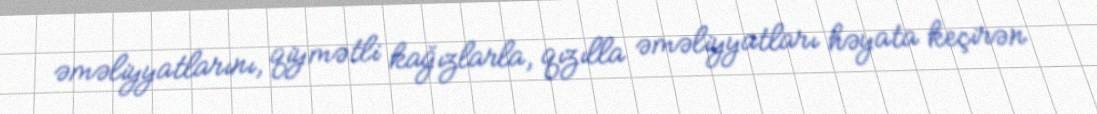
əməliyyatlarını, qiymətli kağızlarla, qızılla əməliyyatları həyata keçirən